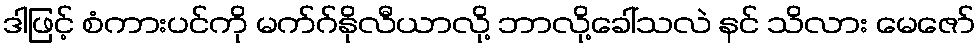
ဒါဖြင့် စံကားပင်ကို မက်ဂ်နိုလီယာလို့ ဘာလို့ခေါ်သလဲ နင် သိလား မေဇော်